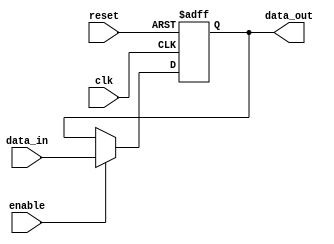
module output_register #(
    parameter WIDTH = 8  // Parameter to define the width of the register
)(
    input wire clk,       // Clock input
    input wire reset,     // Asynchronous reset input
    input wire enable,    // Enable input
    input wire [WIDTH-1:0] data_in, // Data input
    output reg [WIDTH-1:0] data_out  // Data output
);

// Asynchronous reset and synchronous data capture
always @(posedge clk or posedge reset) begin
    if (reset) begin
        data_out <= {WIDTH{1'b0}}; // Initialize output to zero
    end else if (enable) begin
        data_out <= data_in; // Capture input data on clock edge if enabled
    end
    // If not enabled, retain the previous value of data_out
end

endmodule